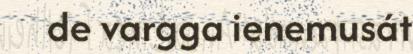
de vargga ienemusát